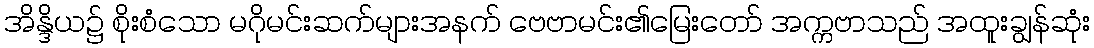
အိန္ဒိယ၌ စိုးစံသော မဂိုမင်းဆက်များအနက် ဗေဗာမင်း၏မြေးတော် အက္ကဗာသည် အထူးချွန်ဆုံး